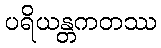
ပရိယန္တကတဿ